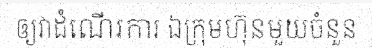
ឲ្យវាដំណើរការ ឯក្រុមហ៊ុនមួយចំនួន